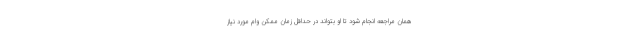
همان مراجعه انجام شود تا او بتواند در حداقل زمان ممکن وام مورد نیاز